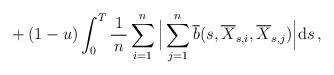
LaTeX: \begin{align*}{} + (1 - u) \int^{T}_{0} \frac{1}{\, n \, } \sum_{i=1}^{n} \Big \lvert \sum_{j=1}^{n} \overline{b} ( s, \overline{X}_{s, i}, \overline{X}_{s, j}) \Big \rvert {\mathrm d} s\, , \end{align*}